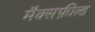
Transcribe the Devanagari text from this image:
मैक्सफ़ील्ड